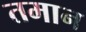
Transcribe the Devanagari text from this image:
तमान